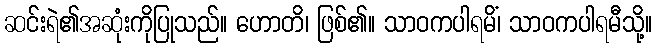
ဆင်းရဲ၏အဆုံးကိုပြုသည်။ ဟောတိ၊ ဖြစ်၏။ သာဝကပါရမိံ၊ သာဝကပါရမီသို့။